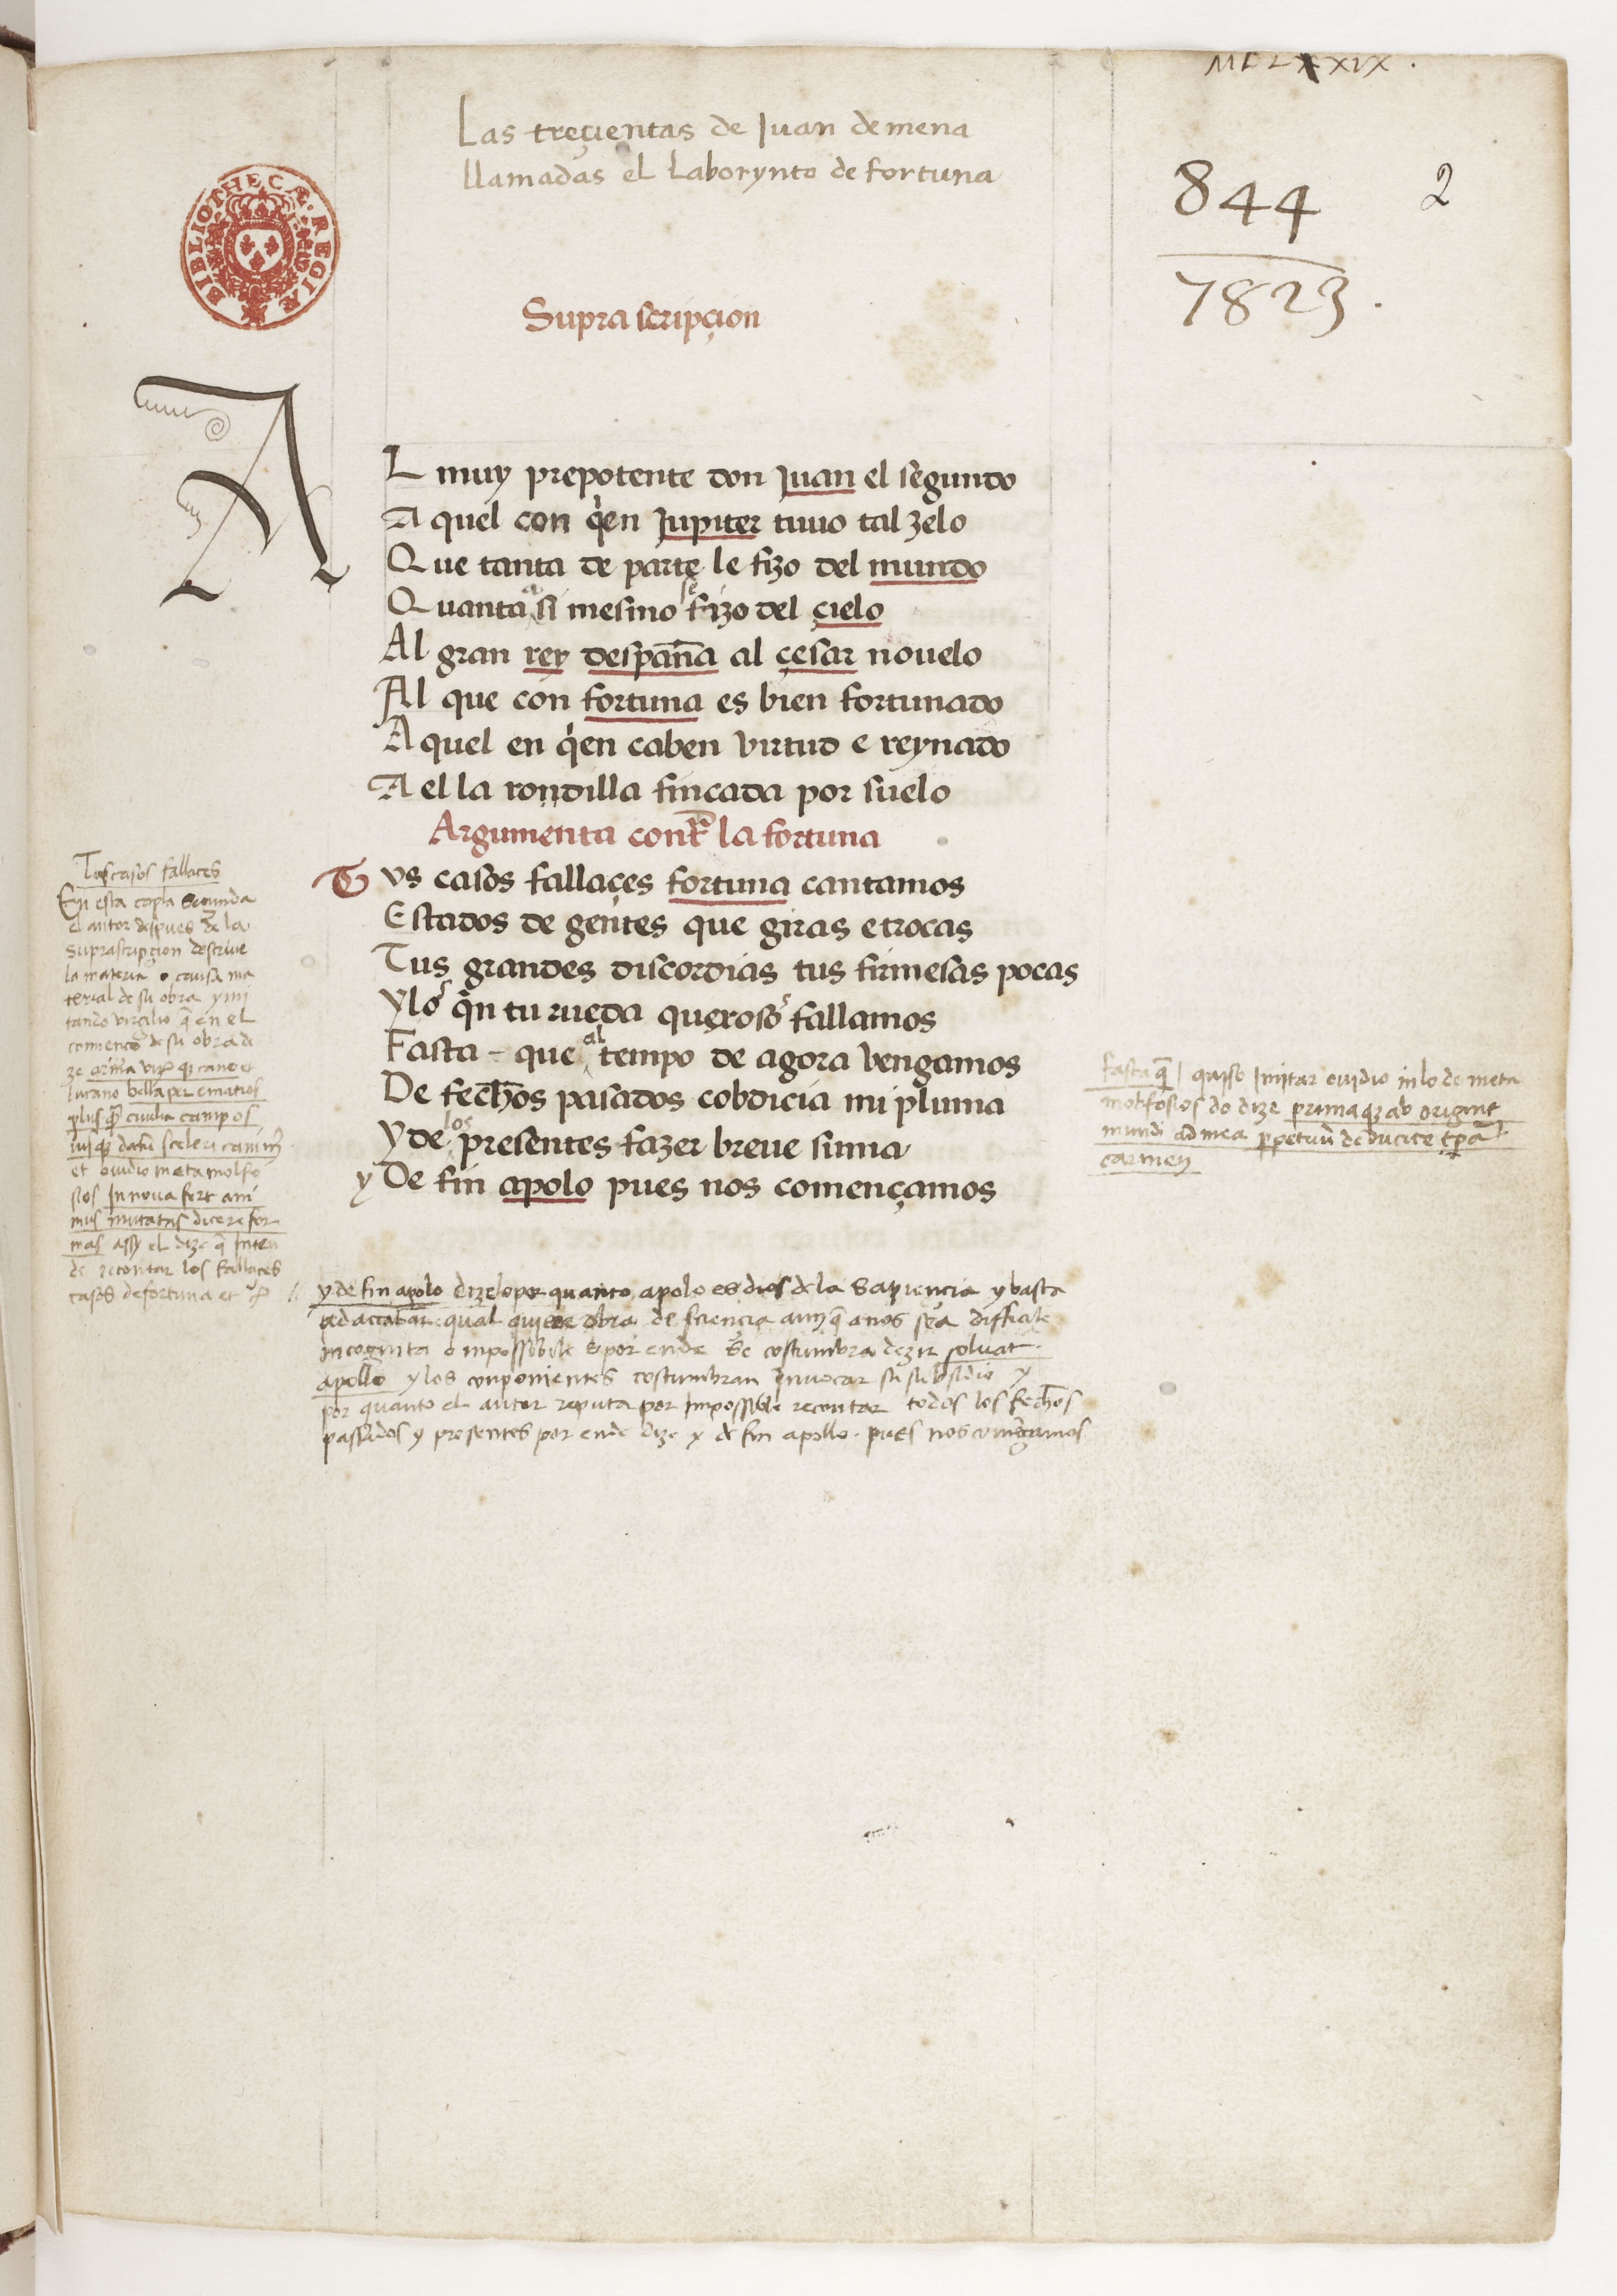
Shelfmark: Paris, BnF, esp. 229
Century: 15